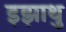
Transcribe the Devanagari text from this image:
इझाथु